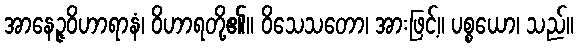
အာနေဉ္ဇဝိဟာရာနံ၊ ဝိဟာရတို့၏။ ဝိသေသတော၊ အားဖြင့်။ ပစ္စယော၊ သည်။